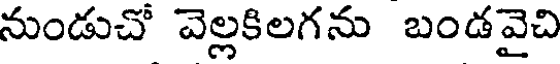
నుండుచో వెల్లకిలగను బండవైచి